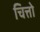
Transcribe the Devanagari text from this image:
चित्तो